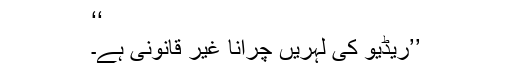
‘‘
’’ریڈیو کی لہریں چرانا غیر قانونی ہے۔